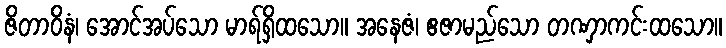
ဇိတာဝိနံ၊ အောင်အပ်သော မာရ်ရှိထသော။ အနေဇံ၊ ဧဇာမည်သော တဏှာကင်းထသော။